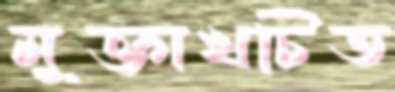
মুক্তাখচিত